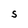
Character: S